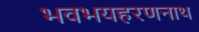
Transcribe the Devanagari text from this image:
भवभयहरणनाथ